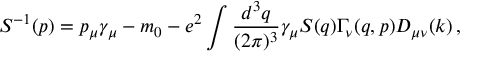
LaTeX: S ^ { - 1 } ( p ) = p _ { \mu } \gamma _ { \mu } - m _ { 0 } - e ^ { 2 } \int { \frac { d ^ { 3 } q } { ( 2 \pi ) ^ { 3 } } } \gamma _ { \mu } S ( q ) \Gamma _ { \nu } ( q , p ) D _ { \mu \nu } ( k ) \, ,